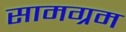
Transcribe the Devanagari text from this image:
सामग्रम